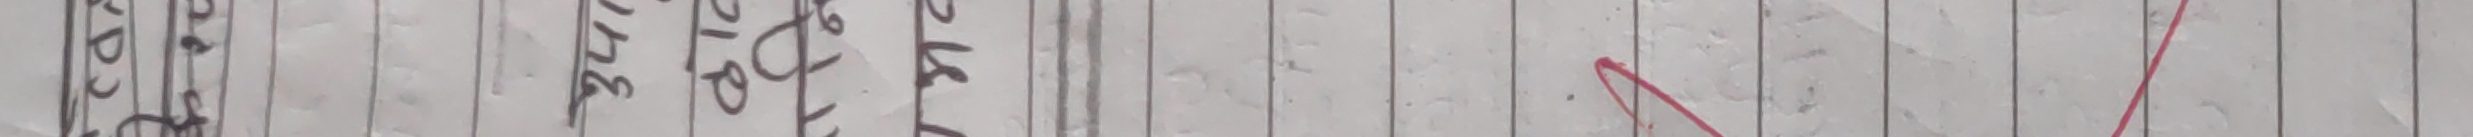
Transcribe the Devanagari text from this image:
छन् ।